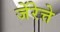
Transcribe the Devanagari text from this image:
जेंरेत्ते